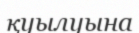
қуылуына